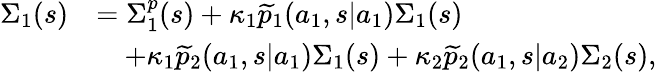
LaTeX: \begin{array}{rl}{\Sigma_{1}(s)}&{=\Sigma_{1}^{p}(s)+\kappa_{1}\widetilde{p}_{1}(a_{1},s|a_{1})\Sigma_{1}(s)}\\ &{\quad+\kappa_{1}\widetilde{p}_{2}(a_{1},s|a_{1})\Sigma_{1}(s)+\kappa_{2}\widetilde{p}_{2}(a_{1},s|a_{2})\Sigma_{2}(s),}\end{array}